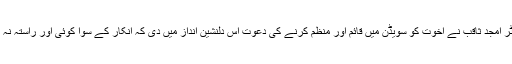
ڈاکٹر امجد ثاقب نے اخوت کو سویڈن میں قائم اور منظم کرنے کی دعوت اس دلنشین انداز میں دی کہ انکار کے سوا کوئی اور راستہ نہ تھا۔